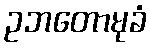
ဥဘတောမုခံ